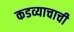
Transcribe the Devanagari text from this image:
कडव्याचाची